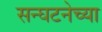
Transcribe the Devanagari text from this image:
सन्घटनेच्या